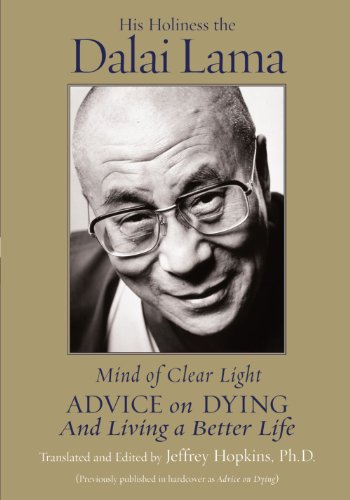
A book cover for Mind of Clear Light: Advice on Living Well and Dying Consciously; His Holiness the Dalai Lama; Religion & Spirituality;